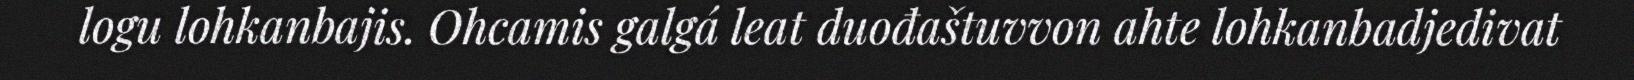
logu lohkanbajis. Ohcamis galgá leat duođaštuvvon ahte lohkanbadjedivat